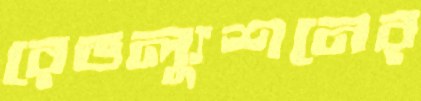
রেভল্যুশনের